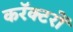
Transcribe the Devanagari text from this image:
करॅक्टरों